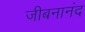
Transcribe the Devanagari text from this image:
जीबनानंद